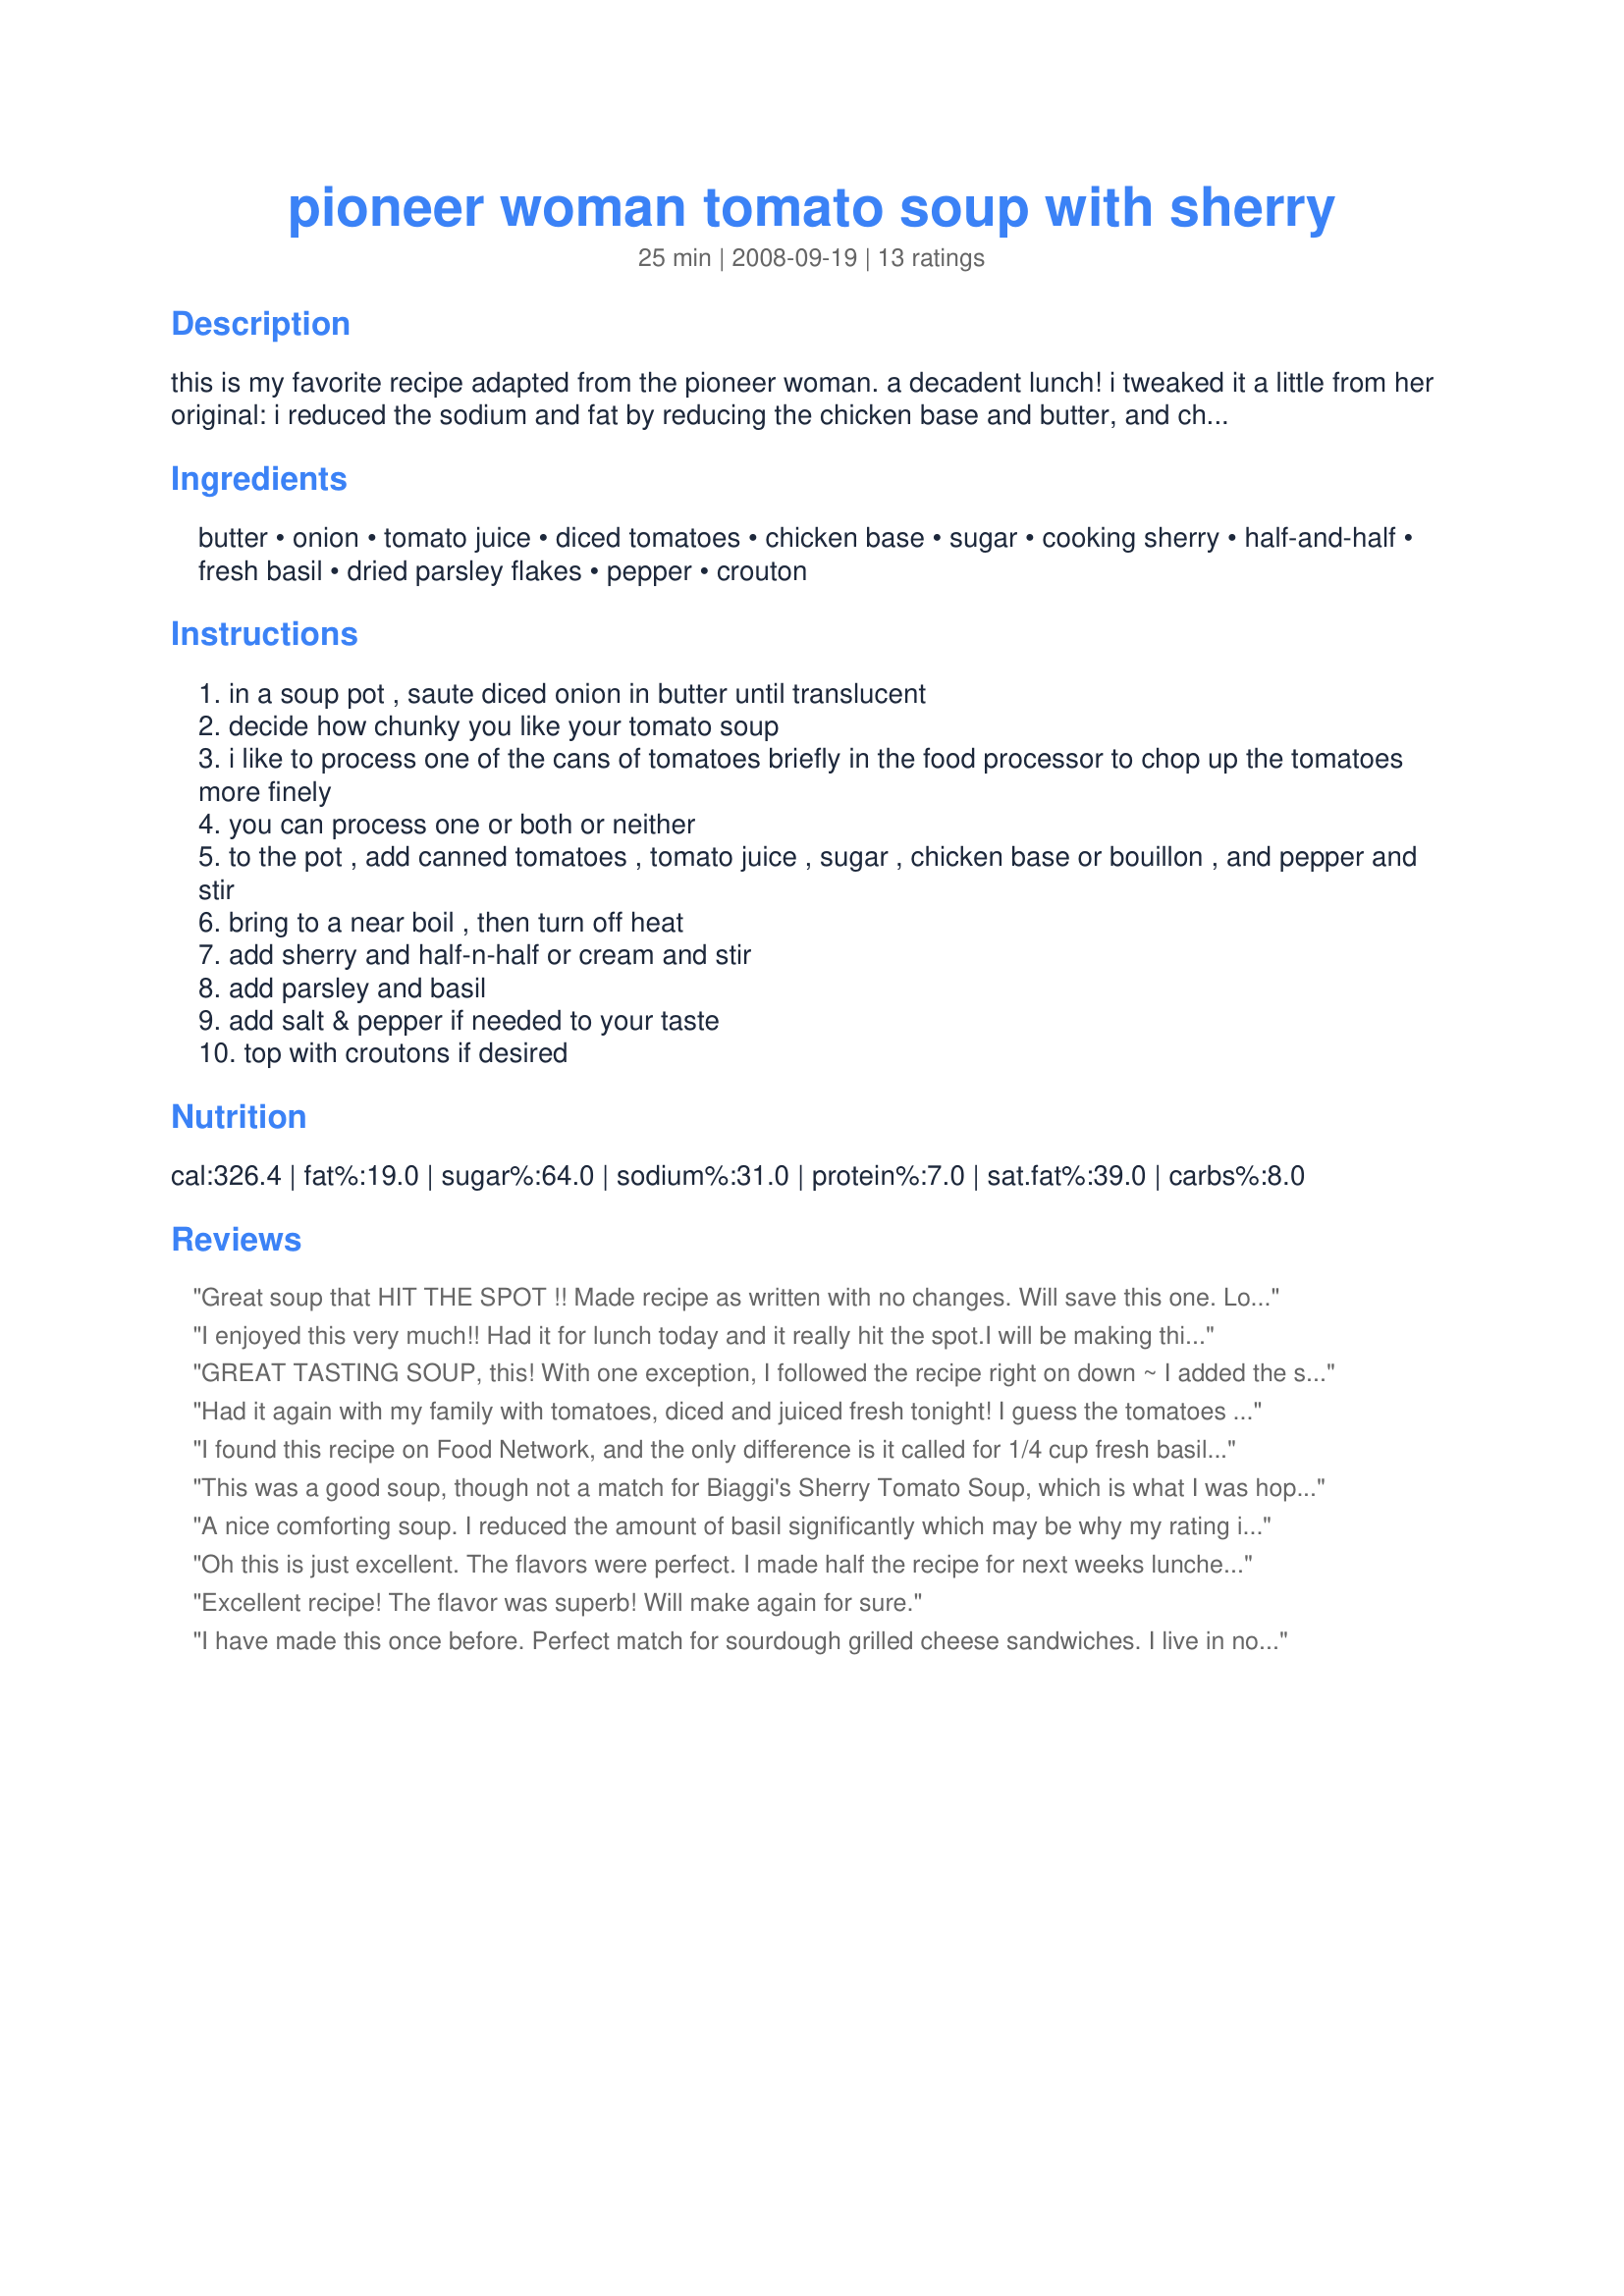
pioneer woman tomato soup with sherry
Preparation time: 25 minutes

this is my favorite recipe adapted from the pioneer woman. a decadent lunch! i tweaked it a little from her original: i reduced the sodium and fat by reducing the chicken base and butter, and changing the heavy cream to half-n-half. and i thought way more fresh basil was needed to make it taste spectacular.

Ingredients:
butter, onion, tomato juice, diced tomatoes, chicken base, sugar, cooking sherry, half-and-half, fresh basil, dried parsley flakes, pepper, crouton

Steps:
in a soup pot , saute diced onion in butter until translucent
decide how chunky you like your tomato soup
i like to process one of the cans of tomatoes briefly in the food processor to chop up the tomatoes more finely
you can process one or both or neither
to the pot , add canned tomatoes , tomato juice , sugar , chicken base or bouillon , and pepper and stir
bring to a near boil , then turn off heat
add sherry and half-n-half or cream and stir
add parsley and basil
add salt & pepper if needed to your taste
top with croutons if desired

Reviews:
Great soup that HIT THE SPOT !! Made recipe as written with no changes. Will save this one. Love the flavors here. Its just perfect. Great for a cool rainy day. Thanks for this one . Made for 1-2-3 hits.
I enjoyed this very much!! Had it for lunch today and it really hit the spot.I will be making this again. Actually here soon for 4H dip and donate. Thanks for a wonderful recipe. I tagged this for beverage tag 2008
GREAT TASTING SOUP, this! With one exception, I followed the recipe right on down ~ I added the sherry along with the tomatoes & other ingredients since I wanted to eliminate as much of the alcohol as possible & leave just the taste! This is absolutely one of the best tasting tomato soups I've ever had ~ Thanks for sharing the recipe! [Tagged, made & reviewed in Please Review My Recipe tag]
Had it again with my family with tomatoes, diced and juiced fresh tonight! I guess the tomatoes were so sweet that we didn&#039;t actually need to use the sugar. Next time I may omit it, if using fresh tomatoes. I am not a tomato soup fan, but I can stand this one. The family loves it! Thanks, Pioneer Woman!
I found this recipe on Food Network, and the only difference is it called for 1/4 cup fresh basil and 1/4 cup chopped flat-leaf parsley. Fresh basil wasn't in season, but I did use fresh parsley. Good stuff. Great with grilled cheese. I also made some croutons, but they weren't part of the recipe I saw.
This was a good soup, though not a match for Biaggi's Sherry Tomato Soup, which is what I was hoping for. But it goes great with grilled cheese. I also made homemade croutons with Parmesan and garlic, and those were great in it.
A nice comforting soup. I reduced the amount of basil significantly which may be why my rating is lower than most others. I also heated the soup after adding the sherry to remove some of the alcohol and just leave the flavor.
Oh this is just excellent. The flavors were perfect. I made half the recipe for next weeks lunches. I used a can of diced tomatoes with garlic and basil, so left out the fresh basil and that worked well for me. Other than that, I made as written. Thanks so much for sharing.
Excellent recipe! The flavor was superb! Will make again for sure.
I have made this once before. Perfect match for sourdough grilled cheese sandwiches. I live in northern Arizona and it's becoming quite chilly up here. I am owner operator of L J's soup kitchen for feeding the homeless. I will definitely add this to my soup menu!
Outstanding. Served with grilled cheese.
I must admit I was unsure about using this recipe because of the use of canned tomatoes and juice, but this soup is so good! You can not taste that &quot;canned&quot; flavor, and it comes together quickly. I'm glad I made it! I made exactly as written and served with grilled cheese sandwiches.
"Best tomato soup I've ever had!" declared DH. We each had 2 bowls and containerized for lunches tomorrow and the next day. This was so easy, and it would make a great start to a company meal. My grocers were out of fresh basil for 3 days in a row, so I used a 4-oz. container of squeeze basil, which almost made up the entire 1/2 cup; I added dried basil to reach 1/2-cup equivalent. The fresh basil taste and sherry took the taste over the top. Thank you for sharing this delightful recipe, appleydapply! Made for Top Favorites of 2008 Tag Game as a prize to appleydapply for winning a Monkeywrench contest.
